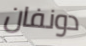
دونفان